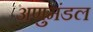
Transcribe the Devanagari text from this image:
अणुमंडल